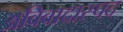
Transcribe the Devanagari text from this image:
अविवादास्पद